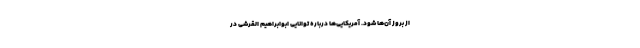
از بروز آن‌ها شود. آمریکایی‌ها درباره توانایی ابوابراهیم القرشی در